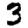
Digit: 3